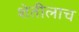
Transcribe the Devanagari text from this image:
शेतीलाच